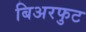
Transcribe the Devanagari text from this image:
बिअरफुट